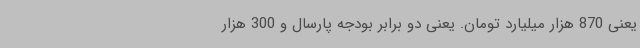
یعنی 870 هزار میلیارد تومان. یعنی دو برابر بودجه پارسال و 300 هزار